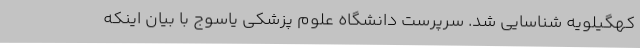
کهگیلویه شناسایی شد. سرپرست دانشگاه علوم پزشکی یاسوج با بیان اینکه